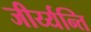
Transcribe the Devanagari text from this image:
जीर्य्यन्ति